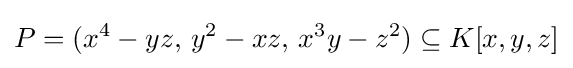
P=(x^{4}-yz,\,y^{2}-xz,\,x^{3}y-z^{2})\subseteq K[x,y,z]